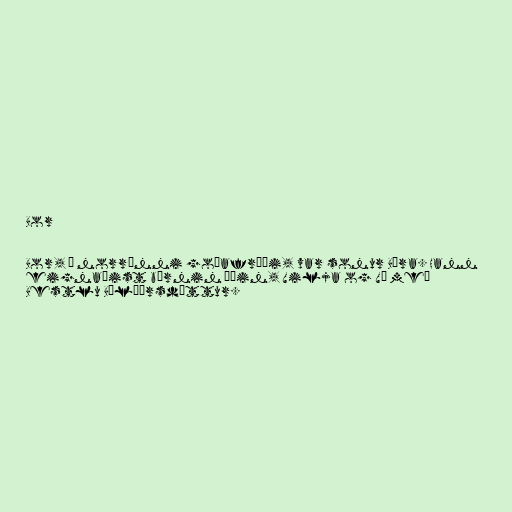
Bor

Bor, í norrænni goðafræði, var sonur Búra. Hann
eignaðist börnin Óðin, Vilja og Vé með
Bestlu Bölþórsdóttur.